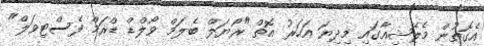
އެގޮތުން މެލޭޝިއާގައި މިދިޔަ އަހަރު އޮތް "ރޯޔަލް ބެލަމް ވޯލްޑް ޑްރަމް ފެސްޓިވަލް"